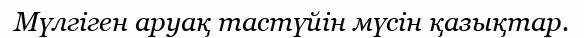
Мүлгіген аруақ тастүйін мүсін қазықтар.